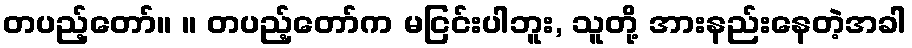
တပည့်တော်။ ။ တပည့်တော်က မငြင်းပါဘူး, သူတို့ အားနည်းနေတဲ့အခါ